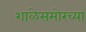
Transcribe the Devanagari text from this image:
शाळेसमोरच्या